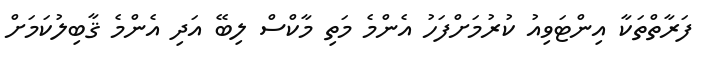
ފަރާތްތަކާ އިންޓަވިއު ކުރުމަށްފަހު އެންމެ މަތި މާކްސް ލިބޭ އަދި އެންމެ ޤާބިލުކަމަށް